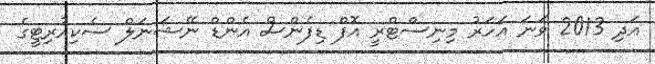
އަދި 2013 ވަނަ އަހަރު މިނިސްޓްރީ އޮފް ޑިފެންސް އެންޑް ނޭޝަނަލް ސެކިއުރިޓީގެ